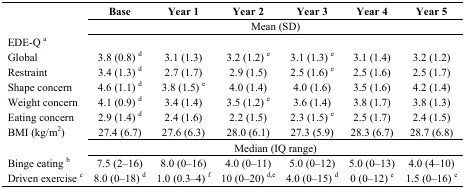
|  | Base | Year 1 | Year 2 | Year 3 | Year 4 | Year 5 |
 | --- | --- | --- | --- | --- | --- | --- |
 |  | <COLSPAN=6> Mean (SD) |
 | EDE-Q a |  |  |  |  |  |  |
 | Global | 3.8 (0.8) d | 3.1 (1.3) | 3.2 (1.2) e | 3.1 (1.3) e | 3.1 (1.4) | 3.2 (1.2) |
 | Restraint | 3.4 (1.3) d | 2.7 (1.7) | 2.9 (1.5) | 2.5 (1.6) e | 2.5 (1.6) | 2.5 (1.7) |
 | Shape concern | 4.6 (1.1) d | 3.8 (1.5) e | 4.0 (1.4) | 4.0 (1.6) | 3.5 (1.6) | 4.2 (1.4) |
 | Weight concern | 4.1 (0.9) d | 3.4 (1.4) | 3.5 (1.2) e | 3.6 (1.4) | 3.8 (1.7) | 3.8 (1.3) |
 | Eating concern | 2.9 (1.4) d | 2.4 (1.6) | 2.2 (1.5) | 2.3 (1.5) e | 2.5 (1.7) | 2.4 (1.5) |
 | BMI (kg/m2) | 27.4 (6.7) | 27.6 (6.3) | 28.0 (6.1) | 27.3 (5.9) | 28.3 (6.7) | 28.7 (6.8) |
 |  | <COLSPAN=6> Median (IQ range) |
 | Binge eating b | 7.5 (2–16) | 8.0 (0–16) | 4.0 (0–11) | 5.0 (0–12) | 5.0 (0–13) | 4.0 (4–10) |
 | Driven exercise c | 8.0 (0–18) d | 1.0 (0.3–4) f | 10 (0–20) d,e | 4.0 (0–15) d | 0 (0–12) e | 1.5 (0–16) e |